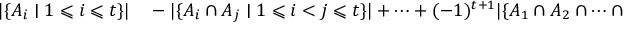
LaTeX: \begin{array} { r l } { | \{ A _ { i } \mid 1 \leqslant i \leqslant t \} | } & { { } - | \{ A _ { i } \cap A _ { j } \mid 1 \leqslant i < j \leqslant t \} | + \cdots + ( - 1 ) ^ { t + 1 } | \{ A _ { 1 } \cap A _ { 2 } \cap \cdots \cap A _ { t } \} | = { \binom { t } { 1 } } - { \binom { t } { 2 } } + \cdots + ( - 1 ) ^ { t + 1 } { \binom { t } { t } } . } \end{array}